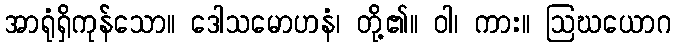
အာရုံရှိကုန်သော။ ဒေါသမောဟနံ၊ တို့၏။ ဝါ၊ ကား။ ဩဃယောဂ